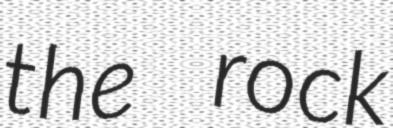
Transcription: the rock